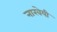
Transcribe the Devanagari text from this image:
नारवेयी